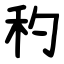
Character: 䄪